system: You are a helpful assistant.
user:
Analyze the provided spectrum to determine if it is a **S-type Star**.

- **Key Indicators for S-type Star:**

    - **(Overall Spectrum Shape):** The first and most obvious characteristic is the overall continuum (the "baseline" shape). It is **extremely "red-sloping,"** meaning the flux (light intensity) is very low on the left side (blue, ~4000-4500 Å) and rises steeply and continuously toward the right side (red, ~7000 Å+).

    - **(Primary):** The spectrum is defined by the presence of strong, broad molecular absorption "valleys" (bands) from **Zirconium Oxide (ZrO)**. The identification of these bands is the **primary requirement** for classifying a star as S-type.
        - **(Key Bandheads):** You must find distinct, deep "dips" where the light has been absorbed. The most critical band systems to locate are:
            - **~6474 Å** ($\gamma$-system): This is often the strongest and clearest ZrO feature, found in the red part of the spectrum.
            - **~5718 Å** & **~5551 Å** ($\beta$-system): A pair of prominent absorption features in the yellow-orange part of the spectrum.
            - **~4640 Å** ($\alpha$-system): A key absorption band system in the blue-green region of the spectrum.

    - **(Secondary Confirmation):** The classification is strengthened by finding additional absorption bands from other related heavy element oxides, which are expected to be present alongside ZrO.
        - **(Key Bandheads):**
            - **Yttrium Oxide (YO):** Look for absorption dips near **~4800 Å** and **~6100 Å**.
            - **Lanthanum Oxide (LaO):** Additional absorption features, particularly in the red-orange part of the spectrum, are also characteristic.

    - **(Line Profile):** The combination of the steep red continuum and these numerous, deep molecular bands (ZrO, YO, etc.) gives the entire spectrum a very **"chopped-up"** or **"bumpy"** appearance. Instead of a smooth curve, the spectrum looks as though large, wide chunks of light have been "carved out" of it at the specific wavelengths listed above.

Think first, call **spectral_visualization_tool** if needed to examine features in detail, then provide your final answer. Your response must adhere to the following strict rules:
1.  **Overall Structure:** Your response must follow the format `<think>...</think> <tool_call>...</tool_call> (if a tool is used) <answer>...</answer>`.
2.  **Tool Usage Constraint:** You may only make **one** tool call per turn.
3.  **Final Answer Format:** In the `<answer>` tag, your conclusion must be inside a `\boxed{}` command (e.g., `\boxed{YES}` or `\boxed{NO}`), followed by your justification.

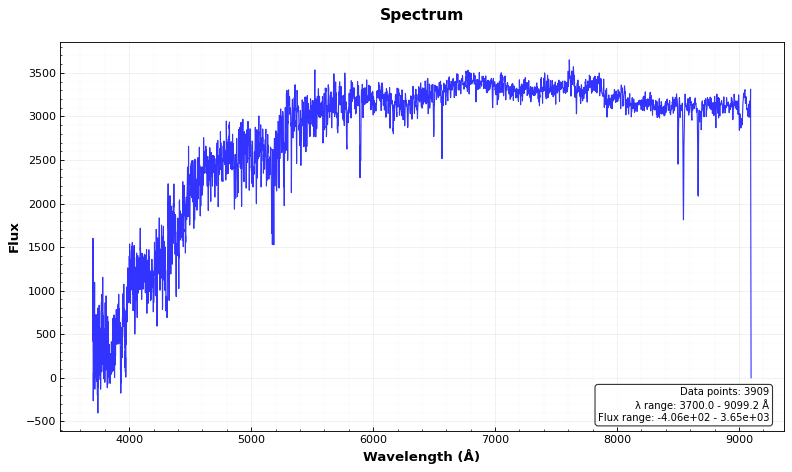
Answer: NO